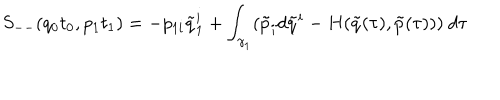
LaTeX: S _ { -- } ( q _ { 0 } t _ { 0 } , p _ { 1 } t _ { 1 } ) = - p _ { 1 i } \tilde { q } _ { 1 } ^ { i } + \int _ { \gamma _ { 1 } } ( \tilde { p } _ { i } d \tilde { q } ^ { i } - H ( \tilde { q } ( \tau ) , \tilde { p } ( \tau ) ) ) \ d \tau